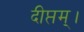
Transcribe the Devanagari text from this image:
दीप्तम्।